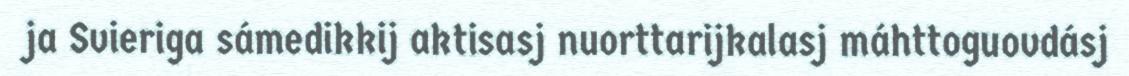
ja Svieriga sámedikkij aktisasj nuorttarijkalasj máhttoguovdásj